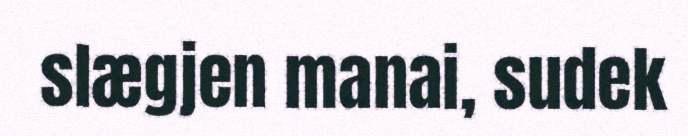
slægjen manai, sudek